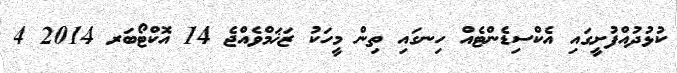
ކުޅުދުއްފުށީގައި އެކްސިޑެންޓެއް ހިނގައި ތިން މީހަކު ޒަޚަމްވެއްޖެ 14 އޮކްޓޯބަރ 2014 4